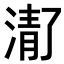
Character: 𬈚